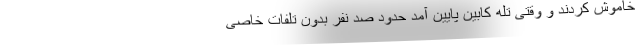
خاموش کردند و وقتی تله کابین پایین آمد حدود صد نفر بدون تلفات خاصی